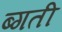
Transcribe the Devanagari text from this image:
ब्गती